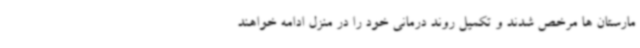
مارستان ها مرخص شدند و تکمیل روند درمانی خود را در منزل ادامه خواهند